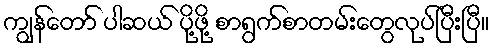
ကျွန်တော် ပါဆယ် ပို့ဖို့ စာရွက်စာတမ်းတွေလုပ်ပြီးပြီ။